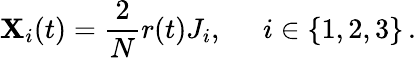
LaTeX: {\mathbf X}_{i}(t)={\frac{2}{N}}r(t)J_{i},\; \; \; \; \; i\in\{ 1,2,3\} \, .